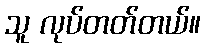
သူ လုပ်တတ်တယ်။